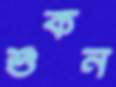
শুঁকন